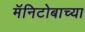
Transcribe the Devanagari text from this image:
मॅनिटोबाच्या